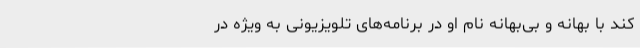
کند با بهانه و بی‌بهانه نام او در برنامه‌های تلویزیونی به ویژه در